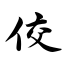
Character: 佼